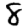
Digit: 8